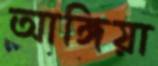
আঙ্গিয়া